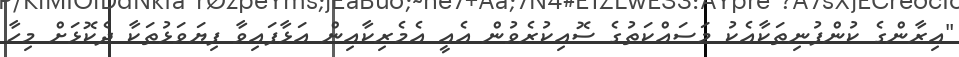
"އިރާންގެ ކުންފުނިތަކާއެކު މަސައްކަތުގެ ސޮއިކުރެވުން އެއީ އެމެރިކާއިން އަޅާފައިވާ ފިޔަވަޅުތަކާ ދެކޮޅަށް މިހާ